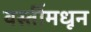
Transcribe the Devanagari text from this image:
वस्तींमधून